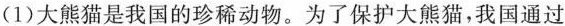
(1)大熊猫是我国的珍稀动物。为了保护大熊猫，我国通过